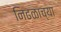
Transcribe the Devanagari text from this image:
निढळाच्या